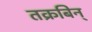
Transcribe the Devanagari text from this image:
तक्रबिन्